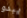
يبدو